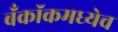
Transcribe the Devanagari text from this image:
बँकॉकमध्येच